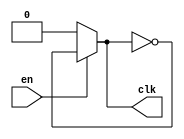
`timescale 1ps/1ps

module ringOscillator #(parameter NO_STAGES = 3,      // No of inverter stage
                        parameter INV_DELAY_ps = 2000   // Delay of single inverter in ps
                        )(input en,
                          output clk
                        );    
    
    wire [NO_STAGES:0] wired;
    
    assign wired[0] = en ? wired[NO_STAGES] : 0;
    assign clk = en ? wired[NO_STAGES] : 0;
    
    genvar i;
    generate
        for(i = 0; i < NO_STAGES; i = i + 1) begin
            if(i  == 0) begin
                    not #(INV_DELAY_ps)(wired[i + 1], wired[0]);   
            end
           
            else begin
                    not #(INV_DELAY_ps)(wired[i + 1], wired[i]);
            end
        end
    endgenerate   
    
endmodule